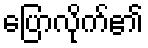
ပြောလိုက်၏